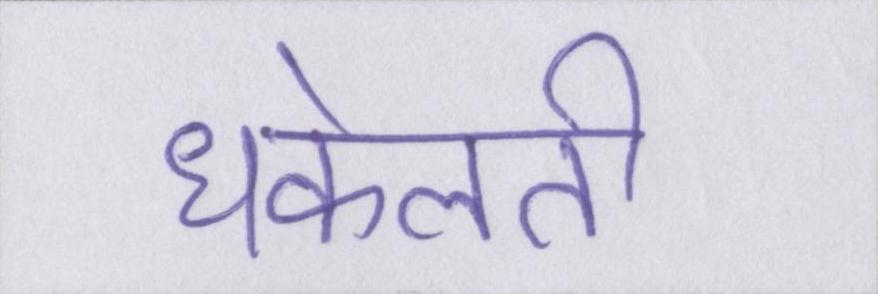
धकेलती